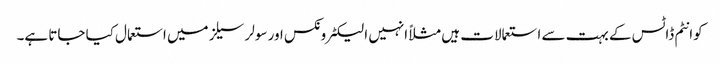
کوانٹم ڈاٹس کے بہت سے استعمالات ہیں مثلاً انہیں الیکٹرونکس اور سولر سیلز میں استعمال کیا جاتا ہے۔